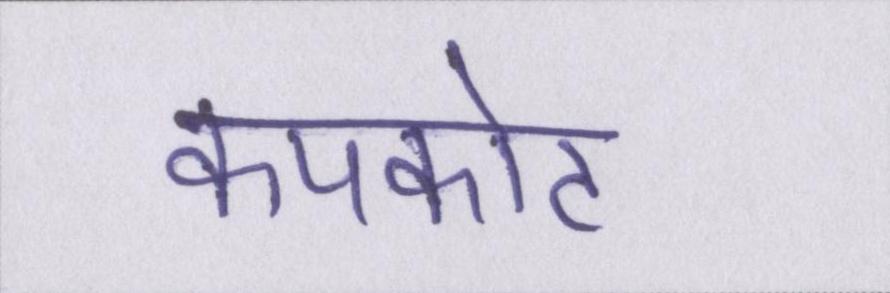
कपकोट